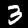
Digit: 3